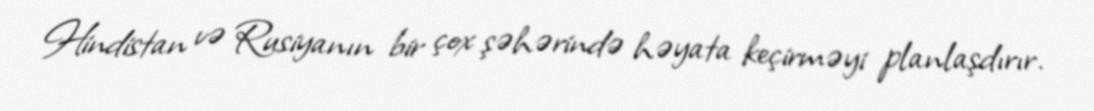
Hindistan və Rusiyanın bir çox şəhərində həyata keçirməyi planlaşdırır.